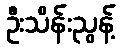
ဦးသိန်းညွန့်